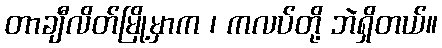
တာချီလိတ်မြို့မှာက ၊ ကလပ်တို့ ဘဲရှိတယ်။